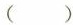
()